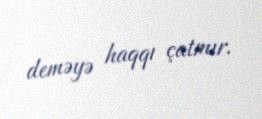
deməyə haqqı çatmır.